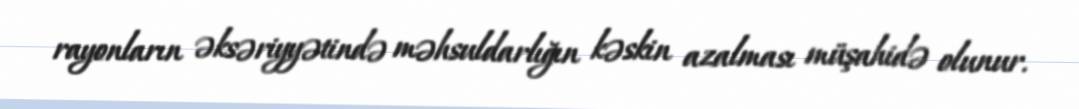
rayonların əksəriyyətində məhsuldarlığın kəskin azalması müşahidə olunur.